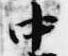
中